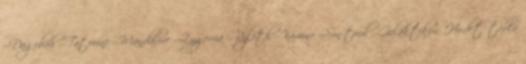
--Dagobah --Tatooine --Mandalore --Zygerria --Ryloth --Kamino --Son-tuul --Galaktikus Hirdetőtábla